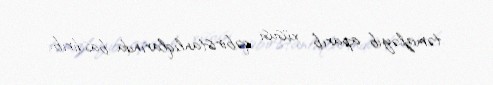
təmizləyib aparıb xüsusi qəbiristanlıqlarında basdırıb.